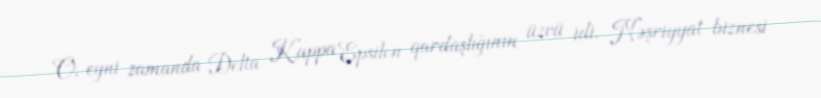
O, eyni zamanda Delta Kappa Epsilon qardaşlığının üzvü idi. Nəşriyyat biznesi